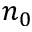
n _ { 0 }